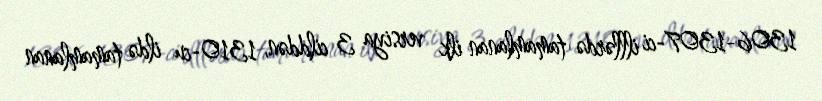
1306-1307-ci illlərdə tamamlanan ilk versiya 3 cilddən, 1310-cu ildə tamamlanan